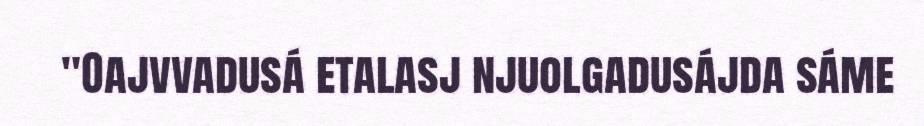
"Oajvvadusá etalasj njuolgadusájda sáme